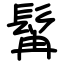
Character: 髯